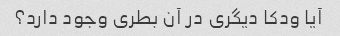
آیا ودکا دیگری در آن بطری وجود دارد؟